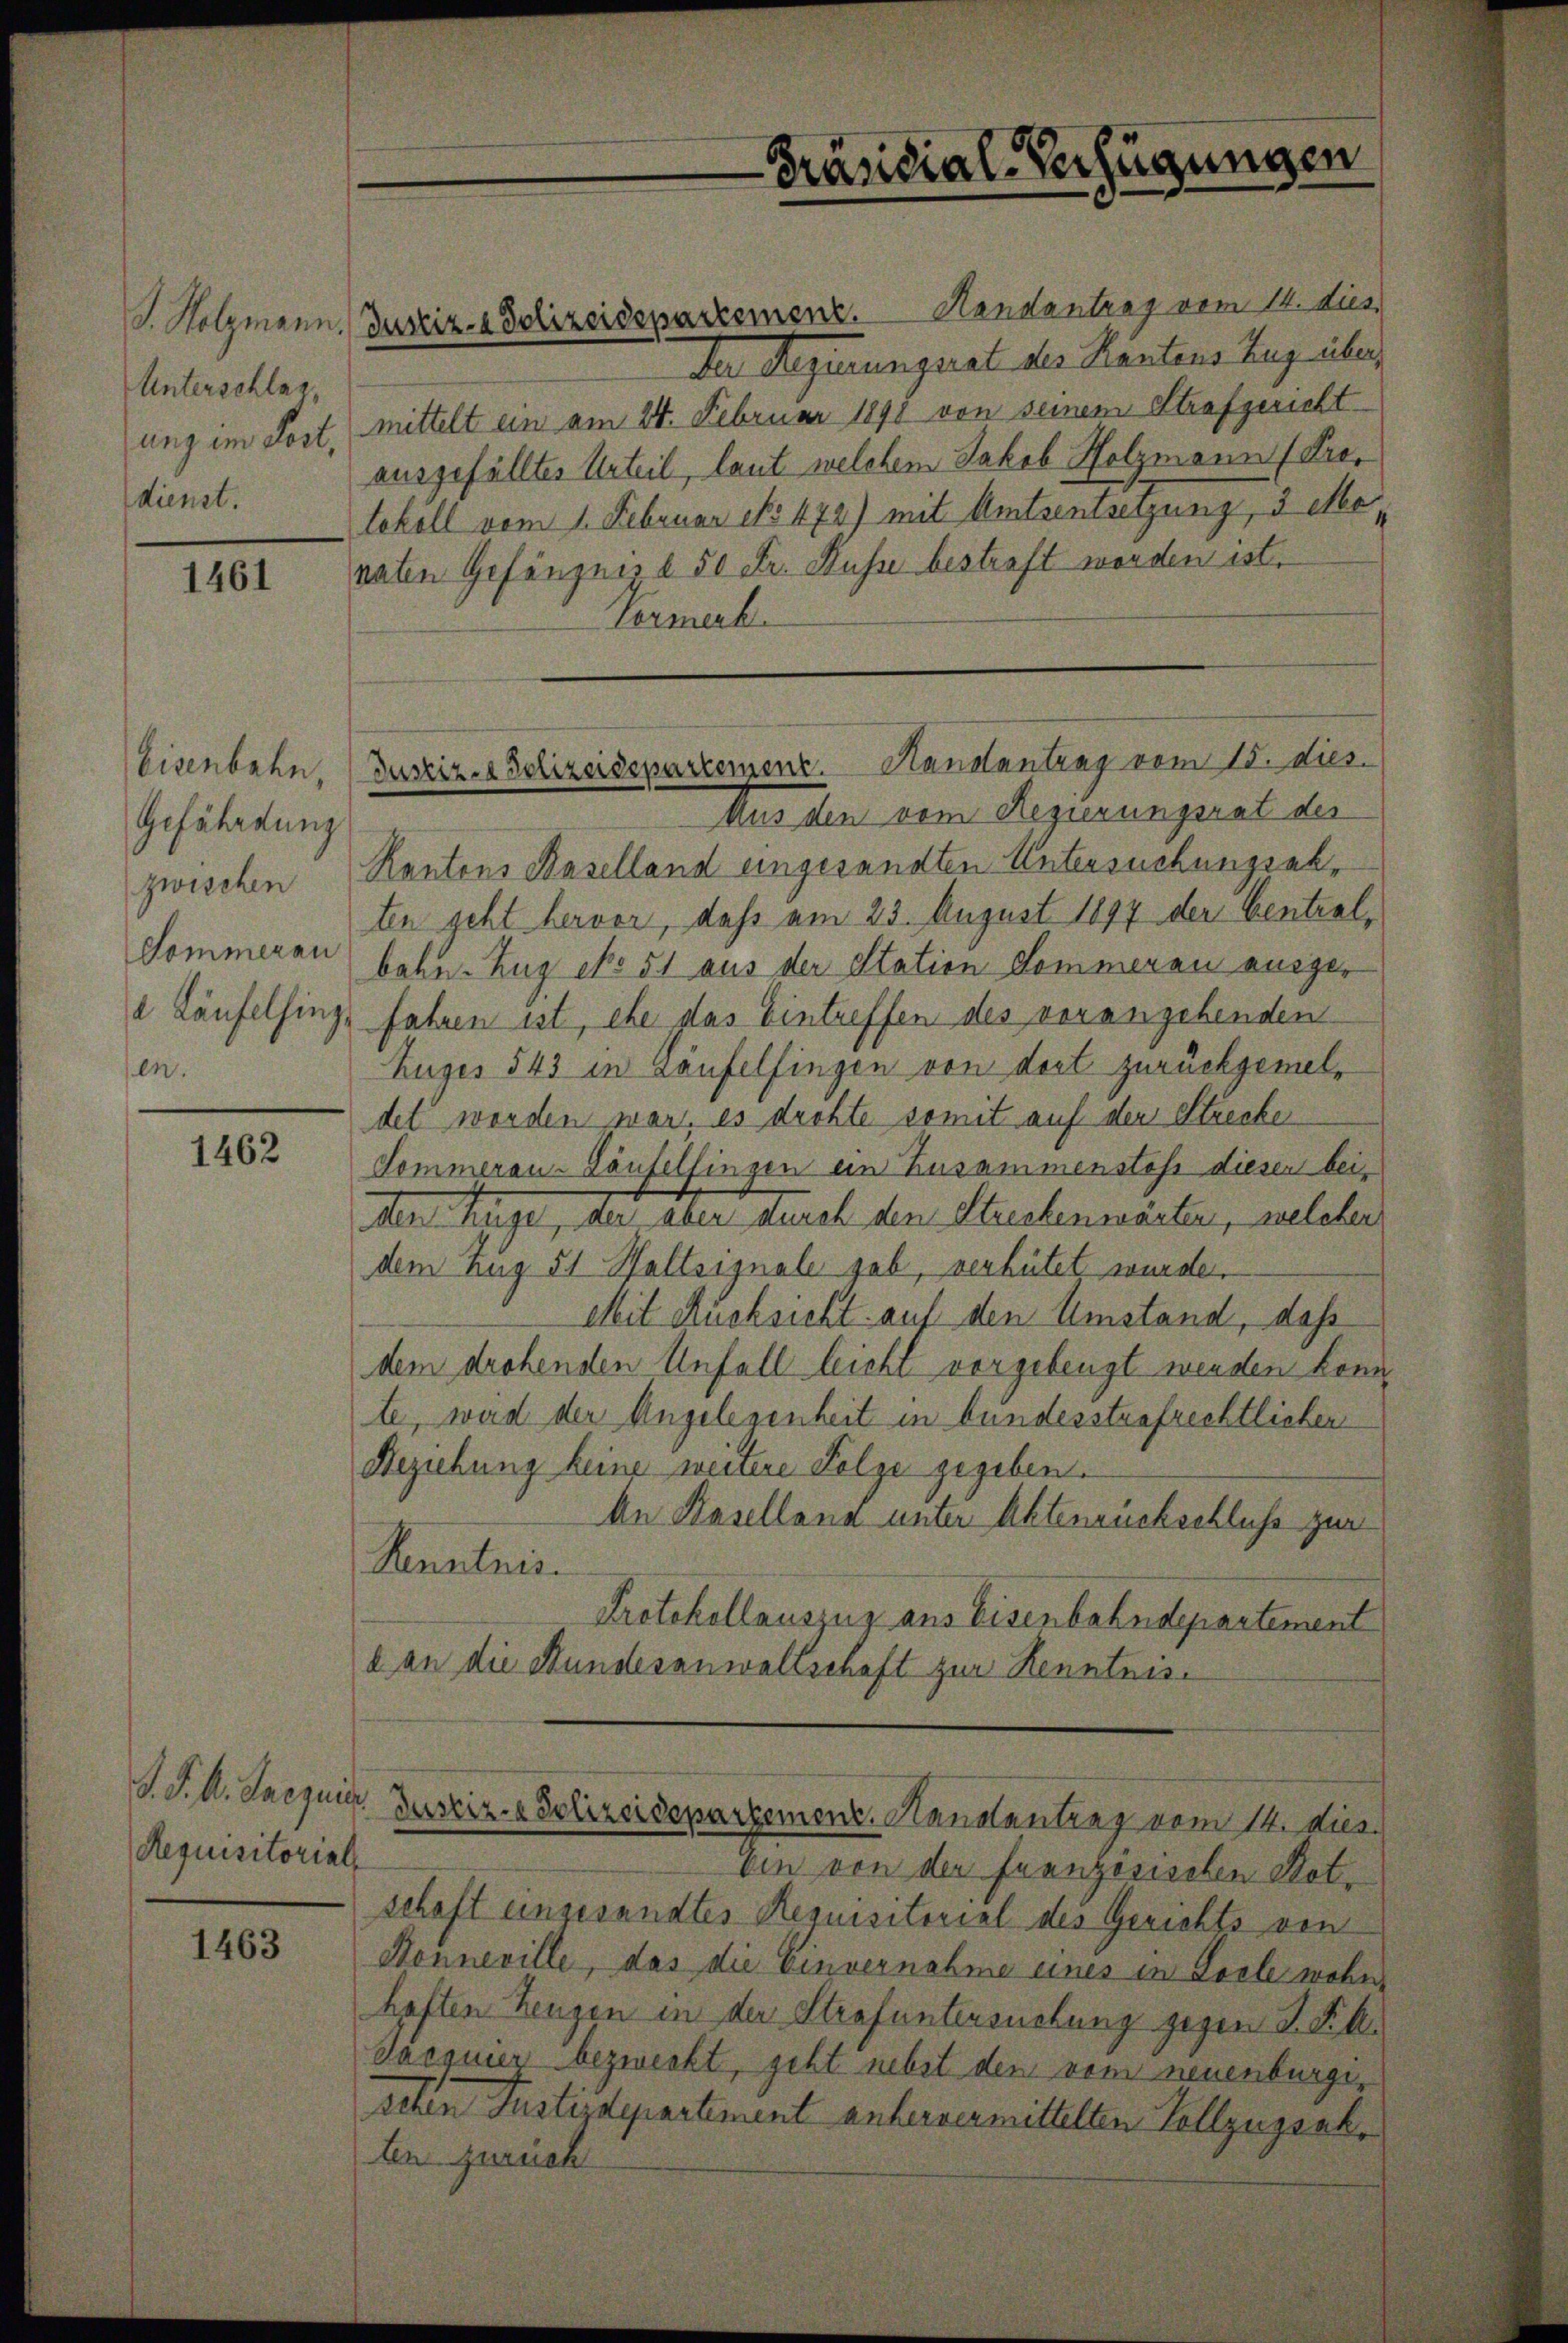
Unterschlag,
ung im Post,
dienst.

1461

Eisenbahn
Gefährdung
zwischen
Sommeran
en.

1462

P. P. M. Jacquis
Requisitorials

1463

Der Regierungsrat des Kantons Zug über
mittelt ein am 24. Februar 1890 von seinem Strafgericht
ausgefülltes Urteil, laut welchem Jakob Holzmann (Protokoll vom 1. Februar No 472) mit Amtsentsetzung, 3 Monaten Gefängnis d 50 Fr. Kusse bestraft worden ist.
Vermerk

S. Holzmann, Justiz- & Polizeidepartemenz. Handentrag vom 14. die

Präsidial-Verfügungen

Justiz- & Polizeidepartement. Hanstantrag vom 15. dies.

Aus den vom Regierungsrat der
Kantons Baselland eingesandten Untersuchungsabten geht hervor, dass am 23. August 1897 der Centralbahn. Zug No 51 aus der Station Sommeren ausgee Läufelsings fahren ist, ehe das Eintreffen des vorangehenden
Zuges 543 in Laufelfingen von dort zurückgemeldet worden war, es drohte somit auf der Strecke
Sommeran-Laufelsingen ein Zusammenstöße diesen beiden Auge, der aber durch den Strechenwärten, welcher
dem Zug 51 Haltsignale gab, verhütet, wurde.
Mit Rücksicht auf den Umstand, daß
dem drohenden Unfall leicht vorgebeugt werden könn
te, wird der Angelegenheit in bundesstrafrechtlichen
Beziehung keine weitere Folge gegeben.
An Basellana unter Aktenrückschluss zur
Kenntnis.
Protokollauszug aus Eisenbahndepartement
d an die Stundesanwaltschaft zur Kenntnis¬

Justiz- & Polizeidepartement. Kanalantrag vom 14. dies

ein von der Franzosischen Botschaft eingesandtes Requisitorial des Gerichts von
Honneville, das die Einvernahme eines in Loele wohn-
haften Zeugen in der Strafuntersuchung gegen S. Frk.
Sacquier bezweckt, geht nebst den vom neuenburgischen Justizdepartement anfervermittelten Vollzugsak
len zurück